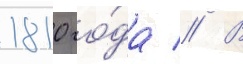
1810 го́да // В